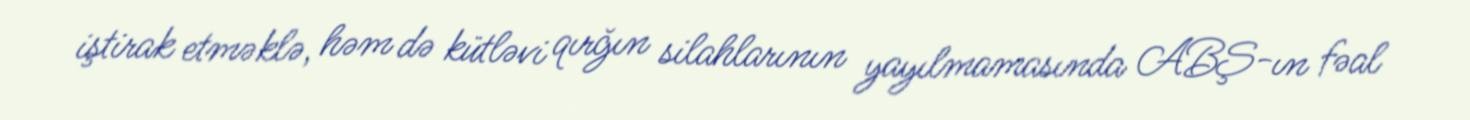
iştirak etməklə, həm də kütləvi qırğın silahlarının yayılmamasında ABŞ-ın fəal